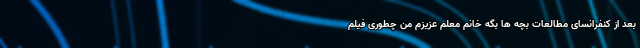
بعد از کنفرانسای مطالعات بچه ها بگه خانم معلم عزیزم من چطوری فیلم